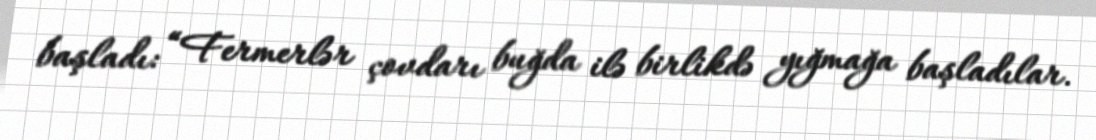
başladı: “Fermerlər çovdarı buğda ilə birlikdə yığmağa başladılar.